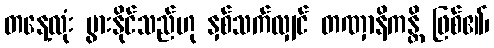
တနေ့လုံး ပွားနိုင်သည်ဟု နှစ်သက်လျှင် တဏှာနိကန္တိ ဖြစ်၏၊